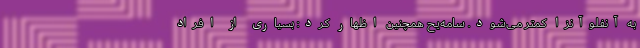
به آنفلوآنزا کمتر می‌شود. سامه‌یح همچنین اظهار کرد: بسیاری از افراد